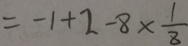
= - 1 + 2 - 8 \times \frac { 1 } { 8 }